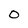
Character: O